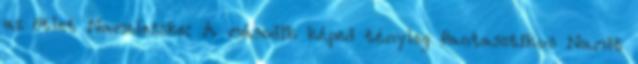
az ötlet Namelesske: A második képed tényleg fantasztikus Namit